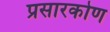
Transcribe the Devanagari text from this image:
प्रसारकोण